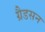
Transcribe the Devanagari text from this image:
ग्रैडसन